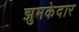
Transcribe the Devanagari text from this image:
झुमकेदार